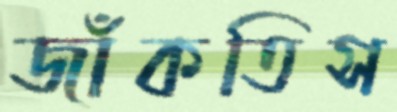
জাঁকতিস